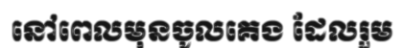
នៅពេលមុនចូលគេង ដែលរួម